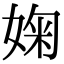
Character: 婅